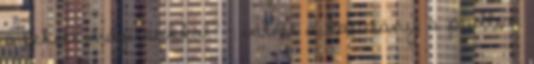
a fekete mágusokkal? – intett a kapitány a padlón